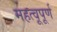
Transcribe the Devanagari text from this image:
महत्वूपूर्ण